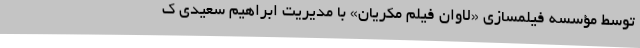
توسط مؤسسه فیلمسازی «لاوان فیلم مکریان» با مدیریت ابراهیم سعیدی ک